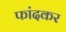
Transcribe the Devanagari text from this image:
फांदकर